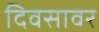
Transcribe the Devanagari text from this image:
दिवसावर